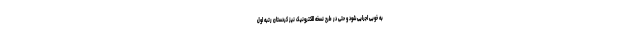
به خوبی اجرایی شود و حتی در طرح نسخه الکترونیک نیز کردستان رتبه اول